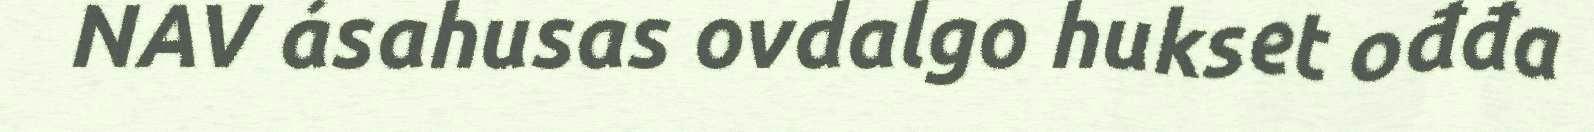
NAV ásahusas ovdalgo hukset ođđa